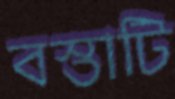
বস্তাটি